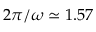
2 \pi / \omega \simeq 1 . 5 7